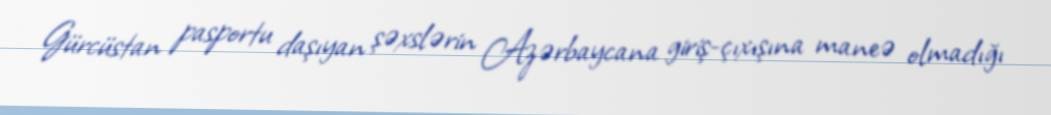
Gürcüstan pasportu daşıyan şəxslərin Azərbaycana giriş-çıxışına maneə olmadığı